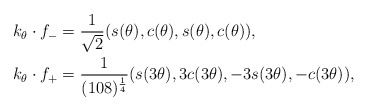
\begin{align*} k_\theta \cdot f_{-} &= \frac{1}{\sqrt{2}}(s(\theta), c(\theta), s(\theta), c(\theta)),\\ k_\theta \cdot f_{+} &= \frac{1}{(108)^{\frac{1}{4}}}(s(3\theta), 3c(3\theta), -3s(3\theta), -c(3\theta)),\end{align*}